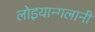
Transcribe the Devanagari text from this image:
लोइयान्गलानी